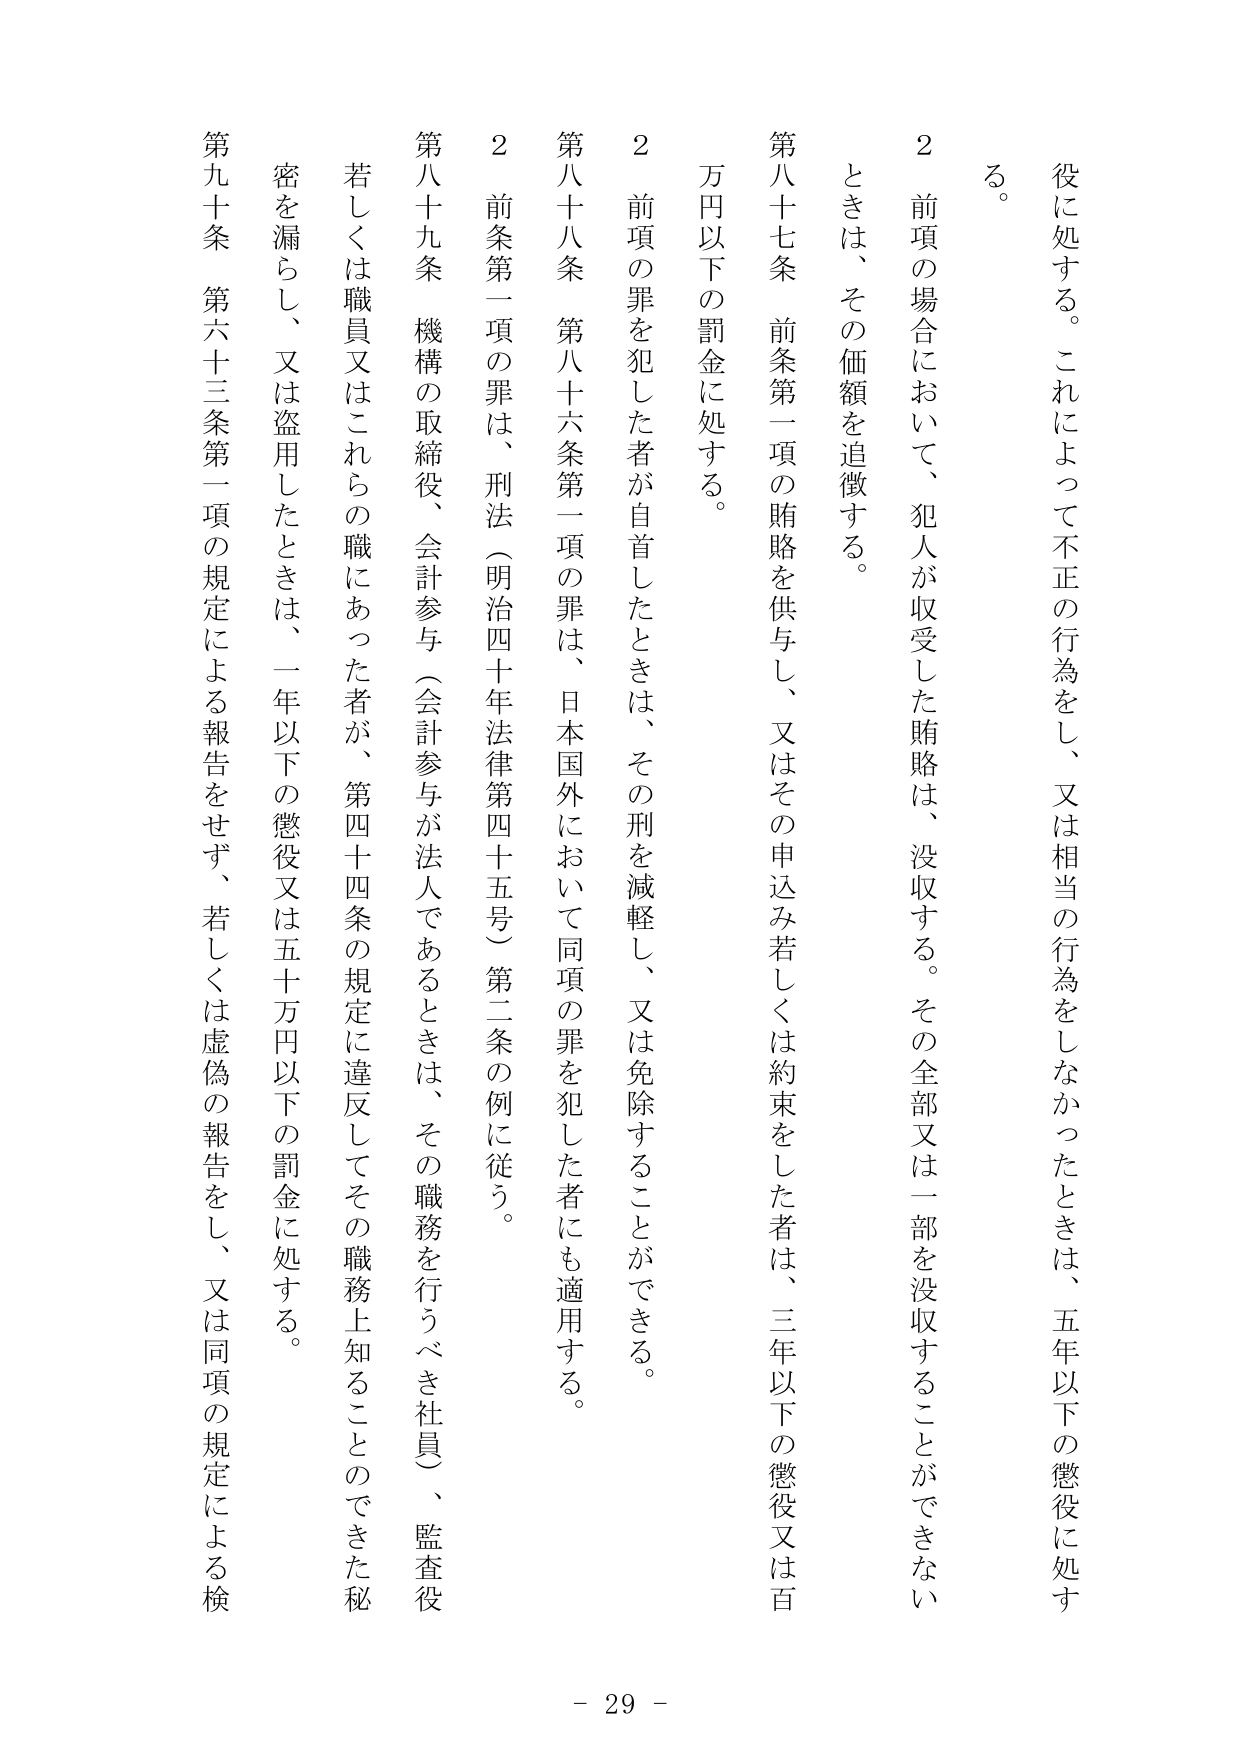
役に処する。これによって不正の行為をし、又は相当の行為をしなかったときは、五年以下の懲役に処する。

２　前項の場合において、犯人が収受した賄賂は、没収する。その全部又は一部を没収することができないときは、その価額を追徴する。

第八十七条　前条第一項の賄賂を供与し、又はその申込み若しくは約束をした者は、三年以下の懲役又は百万円以下の罰金に処する。

２　前項の罪を犯した者が自首したときは、その刑を減軽し、又は免除することができる。

第八十八条　第八十六条第一項の罪は、日本国外において同項の罪を犯した者にも適用する。

２　前条第一項の罪は、刑法（明治四十年法律第四十五号）第二条の例に従う。

第八十九条　機構の取締役、会計参与（会計参与が法人であるときは、その職務を行うべき社員）、監査役若しくは職員又はこれらの職にあった者が、第四十四条の規定に違反してその職務上知ることができた秘密を漏らし、又は盗用したときは、一年以下の懲役又は五十万円以下の罰金に処する。

第九十条　第六十三条第一項の規定による報告をせず、若しくは虚偽の報告をし、又は同項の規定による検

- 29 -